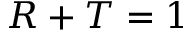
R + T = 1